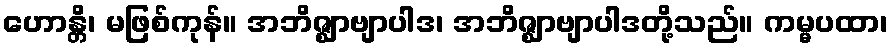
ဟောန္တိ၊ မဖြစ်ကုန်။ အဘိဇ္ဈာဗျာပါဒ၊ အဘိဇ္ဈာဗျာပါဒတို့သည်။ ကမ္မပထာ၊